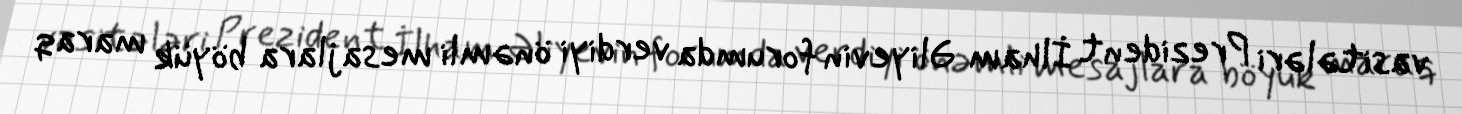
vasitələri Prezident İlham Əliyevin forumda verdiyi önəmli mesajlara böyük maraq